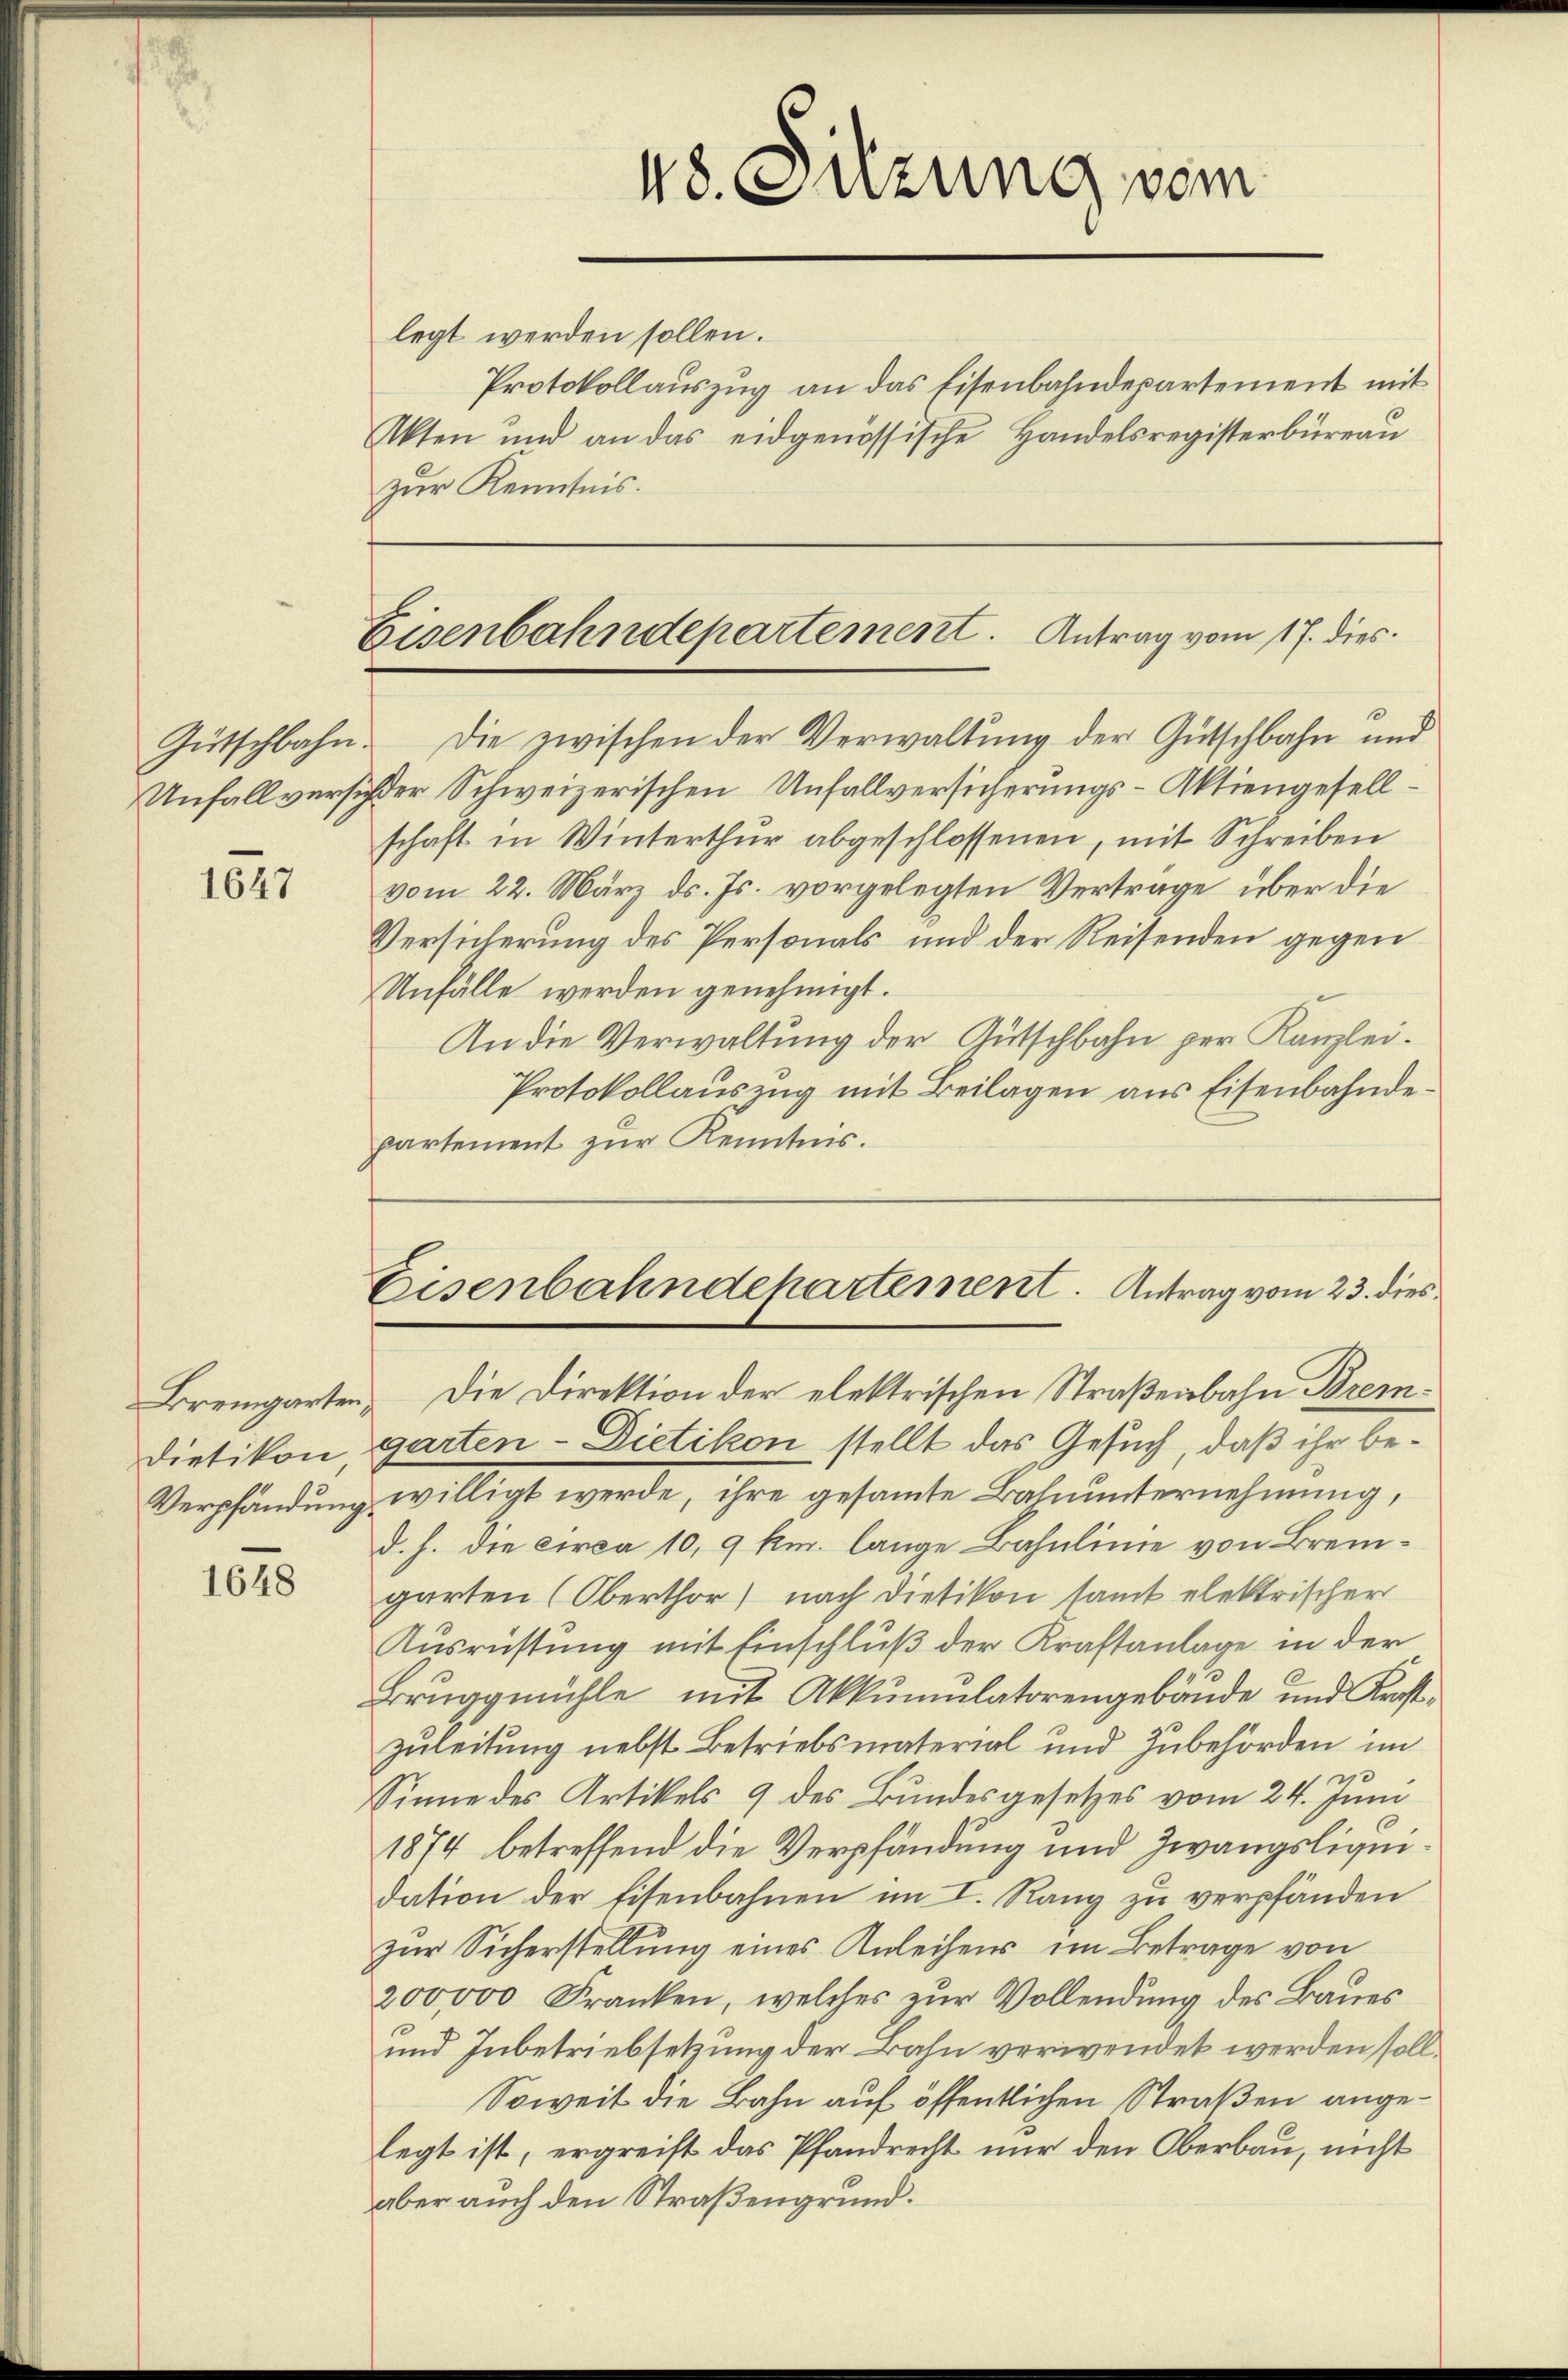
1647

Dietikon

1648

legt werden sollen.
Protokollauszug an das Eisenbahndepartement mit
Akten und an das eidgenössische Handelsregisterbüreaŭ
zur Kenntnis.

48. Sitzung vom

Eisenbahndepartement. Antrag vom 17. dies

Gütschbahn. Die zwischen der Verwaltung der Gütschbahn und
Unfall versicher Schweizerischen Unfallversicherungs-Aktiengesellschaft in Winterthur abgeschlossenen, mit Schreiben
vom 22. März ds. Js. vorgelegten Vertrage über die
Versicherung des Personals und der Reisenden gegen
Unfälle werden genehmigt.
An die Verwaltung der Gütschbahn per Kanzlei.
Protokollauszug mit Beilagen aus Eisenbahndepartement zur Kenntnis.

Eisenbahndepartement. Antrag vom 23. dies

Bremgarten. Die Direktion der elektrischen Straßenbahn Bremgarten - Dietikon stellt das Gesuch, daß ihr be¬
Verpfandung willigt werde, ihre gesammte Bahnunternehmung,
d. h. die circa 10,9 km. lange Bahnlinie von Bremgarten (Oberthor nach Dietikon samt elektrischer
Ausrüstung mit Einschluß der Kraftanlage in der
Bruggmühle mit Akkumulatorengebäude und Kristzuleitung nebst Betriebsmaterial und Zubehörden im
d
u
Sinne des Artikels 9 des Bundesgesetzes vom 24. Juni
1874 betreffend die Verpfändung und Zwangsliquidation der Eisenbahnen im I. Rang zu verpfänden
zur Sicherstellung eines Anleihens im Betrage von
200,000 Franken, welches zur Vollendung des Baues
und Inbetriebsetzung der Bahn verwendet werden soll¬
Soweit die Bahn auf öffentlichen Straßen angelegt ist, ergreift das Pfandrecht nur den Oberbau, nicht
aber auch den Straßengrund.